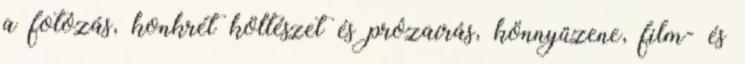
a fotózás, konkrét költészet és prózaírás, könnyűzene, film- és